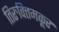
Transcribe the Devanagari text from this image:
तिरुवित्तमकूर